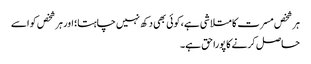
ہر شخص مسرت کا متلاشی ہے، کوئی بھی دکھ نہیں چاہتا؛ اور ہر شخص کو اسے
حاصل کرنے کا پورا حق ہے۔